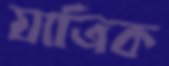
যাত্রিক